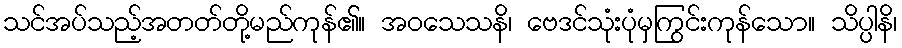
သင်အပ်သည့်အတတ်တို့မည်ကုန်၏။ အဝသေသနိ၊ ဗေဒင်သုံးပုံမှကြွင်းကုန်သော။ သိပ္ပါနိ၊